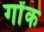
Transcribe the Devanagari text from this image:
गोंक